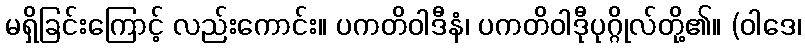
မရှိခြင်းကြောင့် လည်းကောင်း။ ပကတိဝါဒီနံ၊ ပကတိဝါဒီုပုဂ္ဂိုလ်တို့၏။ (ဝါဒေ၊